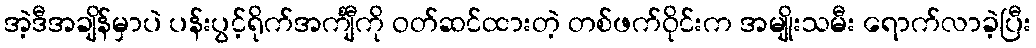
အဲ့ဒီအချိန်မှာပဲ ပန်းပွင့်ရိုက်အင်္ကျီကို ဝတ်ဆင်ထားတဲ့ တစ်ဖက်ဝိုင်းက အမျိုးသမီး ရောက်လာခဲ့ပြီး